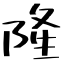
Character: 隆